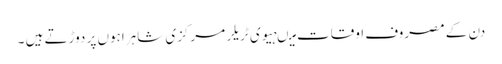
دن کے مصروف اوقات میںہیوی ٹریلر مرکزی شاہراہوں پر دوڑتے ہیں ۔